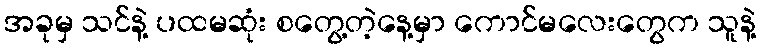
အခုမှ သင်နဲ့ ပထမဆုံး စတွေ့တဲ့နေ့မှာ ကောင်မလေးတွေက သူနဲ့